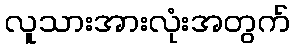
လူသားအားလုံးအတွက်